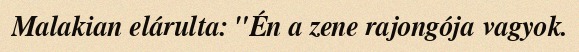
Malakian elárulta: "Én a zene rajongója vagyok.